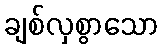
ချစ်လှစွာသော